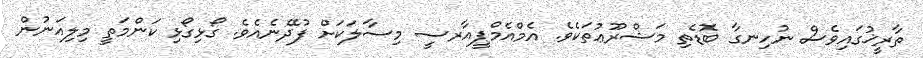
ތާރީޚުގައިވެސް ނުހިނގާ ބޮޑެތި މަޝްރޫޢުތަކެވެ. އެމްއެމްޕީއާރސީ މިސާލަކަށް ފުދޭނެއެވެ. ގޯޅިގޯޅި ކަންމަތީ މިލިއަނުން